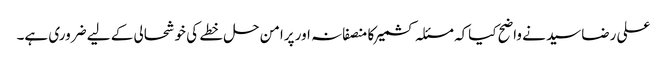
علی رضاسید نے واضح کیاکہ مسئلہ کشمیرکا منصفانہ اور پرامن حل خطے کی خوشحالی کے لیے ضروری ہے۔